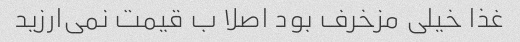
غذا خیلی مزخرف بود اصلا ب قیمت نمی‌ارزید